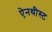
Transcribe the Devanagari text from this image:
ऐनथीस्ट